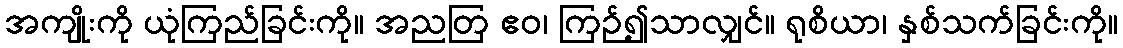
အကျိုးကို ယုံကြည်ခြင်းကို။ အညတြ ဧဝ၊ ကြဉ်၍သာလျှင်။ ရုစိယာ၊ နှစ်သက်ခြင်းကို။